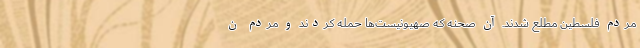
مردم فلسطین مطلع شدند. آن صحنه که صهیونیست‌ها حمله کردند و مردم ن